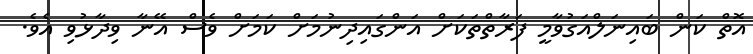
އޮތް ކަން ބައިނަލްއަގުވާމީ ފަރާތްތަކަށް އަންގައިދިނުމަށް ކަމަށް ވެސް އޭނާ ވިދާޅުވި އެވެ.